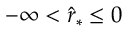
- \infty < \hat { r } _ { * } \le 0